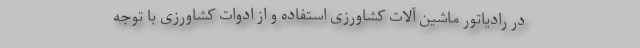
در رادیاتور ماشین‌ آلات کشاورزی استفاده و از ادوات کشاورزی با توجه